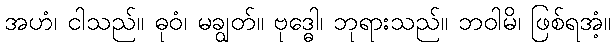
အဟံ၊ ငါသည်။ ဓုဝံ၊ မချွတ်။ ဗုဒ္ဓေါ၊ ဘုရားသည်။ ဘဝါမိ၊ ဖြစ်ရအံ့။